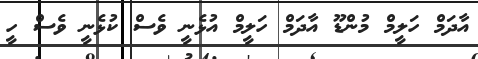
އާދަމް ހަލީމް މުންޑޫ އާދަމް ހަލީމް އުޅެނީ ވެސް ކުޅެނީ ވެސް ހީ